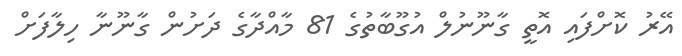
އޭރު ކޮށްފައި އޮތީ ގާނޫނުލް އުގޫބާތުގެ 81 މާއްދާގެ ދަށުން ގާނޫނާ ހިލާފަށް